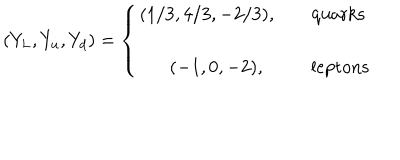
( Y _ { L } , Y _ { u } , Y _ { d } ) = \left\{ \begin{matrix} { { ( 1 / 3 , 4 / 3 , - 2 / 3 ) , \quad } } & { { \mathrm { q u a r k s } \hfill } } \\ { { } } & { { } } \\ { { ( - 1 , 0 , - 2 ) , } } & { { \mathrm { l e p t o n s } } } \\ \end{matrix} \right.